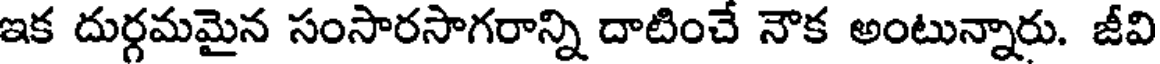
ఇక దుర్గమమైన సంసారసాగరాన్ని దాటించే నౌక అంటున్నారు. జీవి